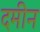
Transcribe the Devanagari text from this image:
दमीन